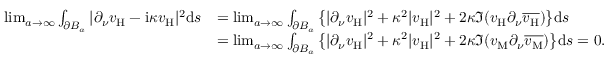
\begin{array} { r l } { \operatorname* { l i m } _ { a \to \infty } \int _ { \partial B _ { a } } | \partial _ { \nu } v _ { \mathrm { H } } - \mathrm { i } \kappa v _ { \mathrm { H } } | ^ { 2 } \mathrm { d } s } & { = \operatorname* { l i m } _ { a \to \infty } \int _ { \partial B _ { a } } \big \{ | \partial _ { \nu } v _ { \mathrm { H } } | ^ { 2 } + \kappa ^ { 2 } | v _ { \mathrm { H } } | ^ { 2 } + 2 \kappa \Im ( v _ { \mathrm { H } } \partial _ { \nu } \overline { { v _ { \mathrm { H } } } } ) \big \} \mathrm { d } s } \\ & { = \operatorname* { l i m } _ { a \to \infty } \int _ { \partial B _ { a } } \big \{ | \partial _ { \nu } v _ { \mathrm { H } } | ^ { 2 } + \kappa ^ { 2 } | v _ { \mathrm { H } } | ^ { 2 } + 2 \kappa \Im ( v _ { \mathrm { M } } \partial _ { \nu } \overline { { v _ { \mathrm { M } } } } ) \big \} \mathrm { d } s = 0 . } \end{array}